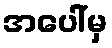
အပေါ်မှ